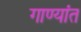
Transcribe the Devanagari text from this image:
गाण्यांत